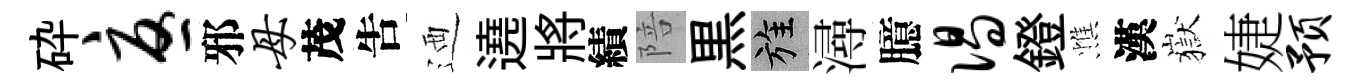
砕忧邪母茂吿迺遶將績陪黒旌潯臆偈鐙憔漢嶽婕预